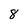
Character: 8